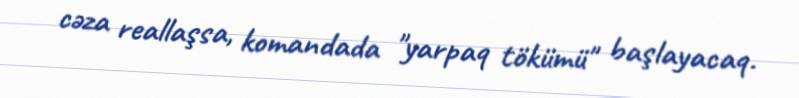
cəza reallaşsa, komandada "yarpaq tökümü" başlayacaq.